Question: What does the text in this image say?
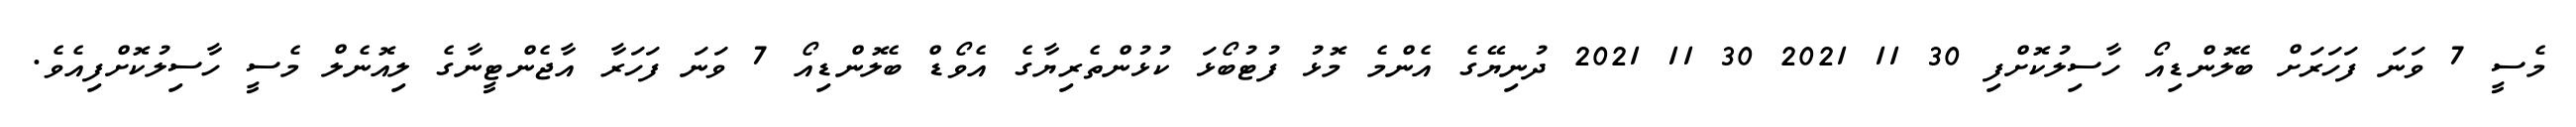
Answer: މެސީ 7 ވަނަ ފަހަރަށް ބެލޮންޑިއޯ ހާސިލުކޮށްފި 30 11 2021 30 11 2021 ދުނިޔޭގެ އެންމެ މޮޅު ފުޓުބޯޅަ ކުޅުންތެރިޔާގެ އެވޯޑް ބެލޮންޑިއޯ 7 ވަނަ ފަހަރާ އާޖެންޓީނާގެ ލިއޮނެލް މެސީ ހާސިލުކޮށްފިއެވެ.